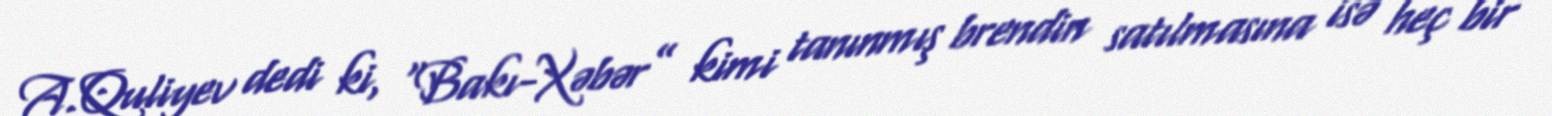
A.Quliyev dedi ki, “Bakı-Xəbər” kimi tanınmış brendin satılmasına isə heç bir